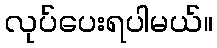
လုပ်ပေးရပါမယ်။